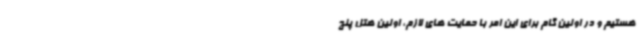
هستیم و در اولین گام برای این امر با حمایت های لازم، اولین هتل پنج